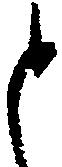
と